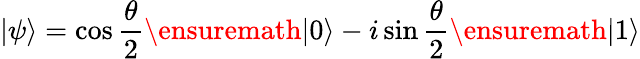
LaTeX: |\psi\rangle=\cos{\frac{\theta}{2}}\ensuremath{|0\rangle}-i\sin{\frac{\theta}{2}}\ensuremath{|1\rangle}